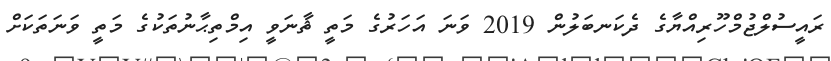
ރައީސުލްޖުމްހޫރިއްޔާގެ ދެކަނބަލުން 2019 ވަނަ އަހަރުގެ މަތީ ޘާނަވީ އިމްތިޙާނުތަކުގެ މަތީ ވަނަތަކަށް